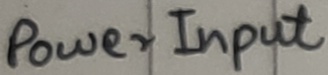
Text: Power Input